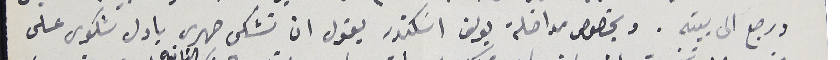
ورجع الى بيته. وبخصوص مداخلة يوسف اسَكندر يقول ان تشكى صهرى باول شكوى على